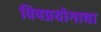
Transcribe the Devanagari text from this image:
विषप्रयोगाचा